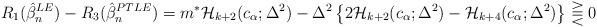
LaTeX: \begin{align*}R_1(\hat{\beta}_n^{LE}) - R_3(\hat{\beta}_n^{PTLE}) &= m^* \mathcal{H}_{k+2}(c_\alpha;\Delta^2)-\Delta^2\left\{2\mathcal{H}_{k+2}(c_\alpha;\Delta^2)-\mathcal{H}_{k+4}(c_\alpha;\Delta^2)\right\} \gtreqqless 0\end{align*}